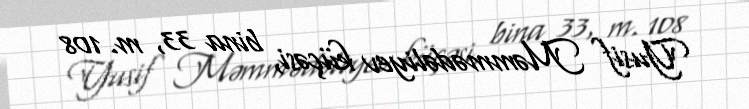
Yusif Məmmədəliyev küçəsi, bina 33, m. 108